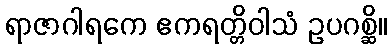
ရာဇာဂါရကေ ဧကရတ္တိဝါသံ ဥပဂစ္ဆိ။